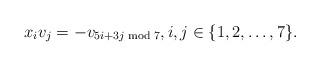
LaTeX: \begin{align*} x_i v_j=-v_{5i+3j\bmod 7},i,j\in\{1,2,\dots,7\}. \end{align*}